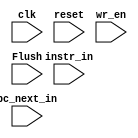
/* verilator lint_off UNUSED */

module IF_ID_Reg(clk, reset, wr_en, Flush, instr_in, pc_next_in);
input clk;
input reset;
input wr_en;
input Flush;
input [31:0] instr_in;
input [31:0] pc_next_in;

reg [31:0] instr;
reg [31:0] pc_next;

always @ (posedge clk)
  begin
    if (~reset)
      begin
        if (wr_en)
          begin
            instr <= Flush ? 32'h00000000 : instr_in;
            pc_next <= pc_next_in;
          end
      end
    else
      begin
        instr <= 32'h00000000;
        pc_next <= 32'h00000000;
      end
  end
endmodule